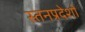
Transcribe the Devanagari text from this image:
स्तनप्रदेशों